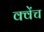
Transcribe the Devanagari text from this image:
क्वेंच